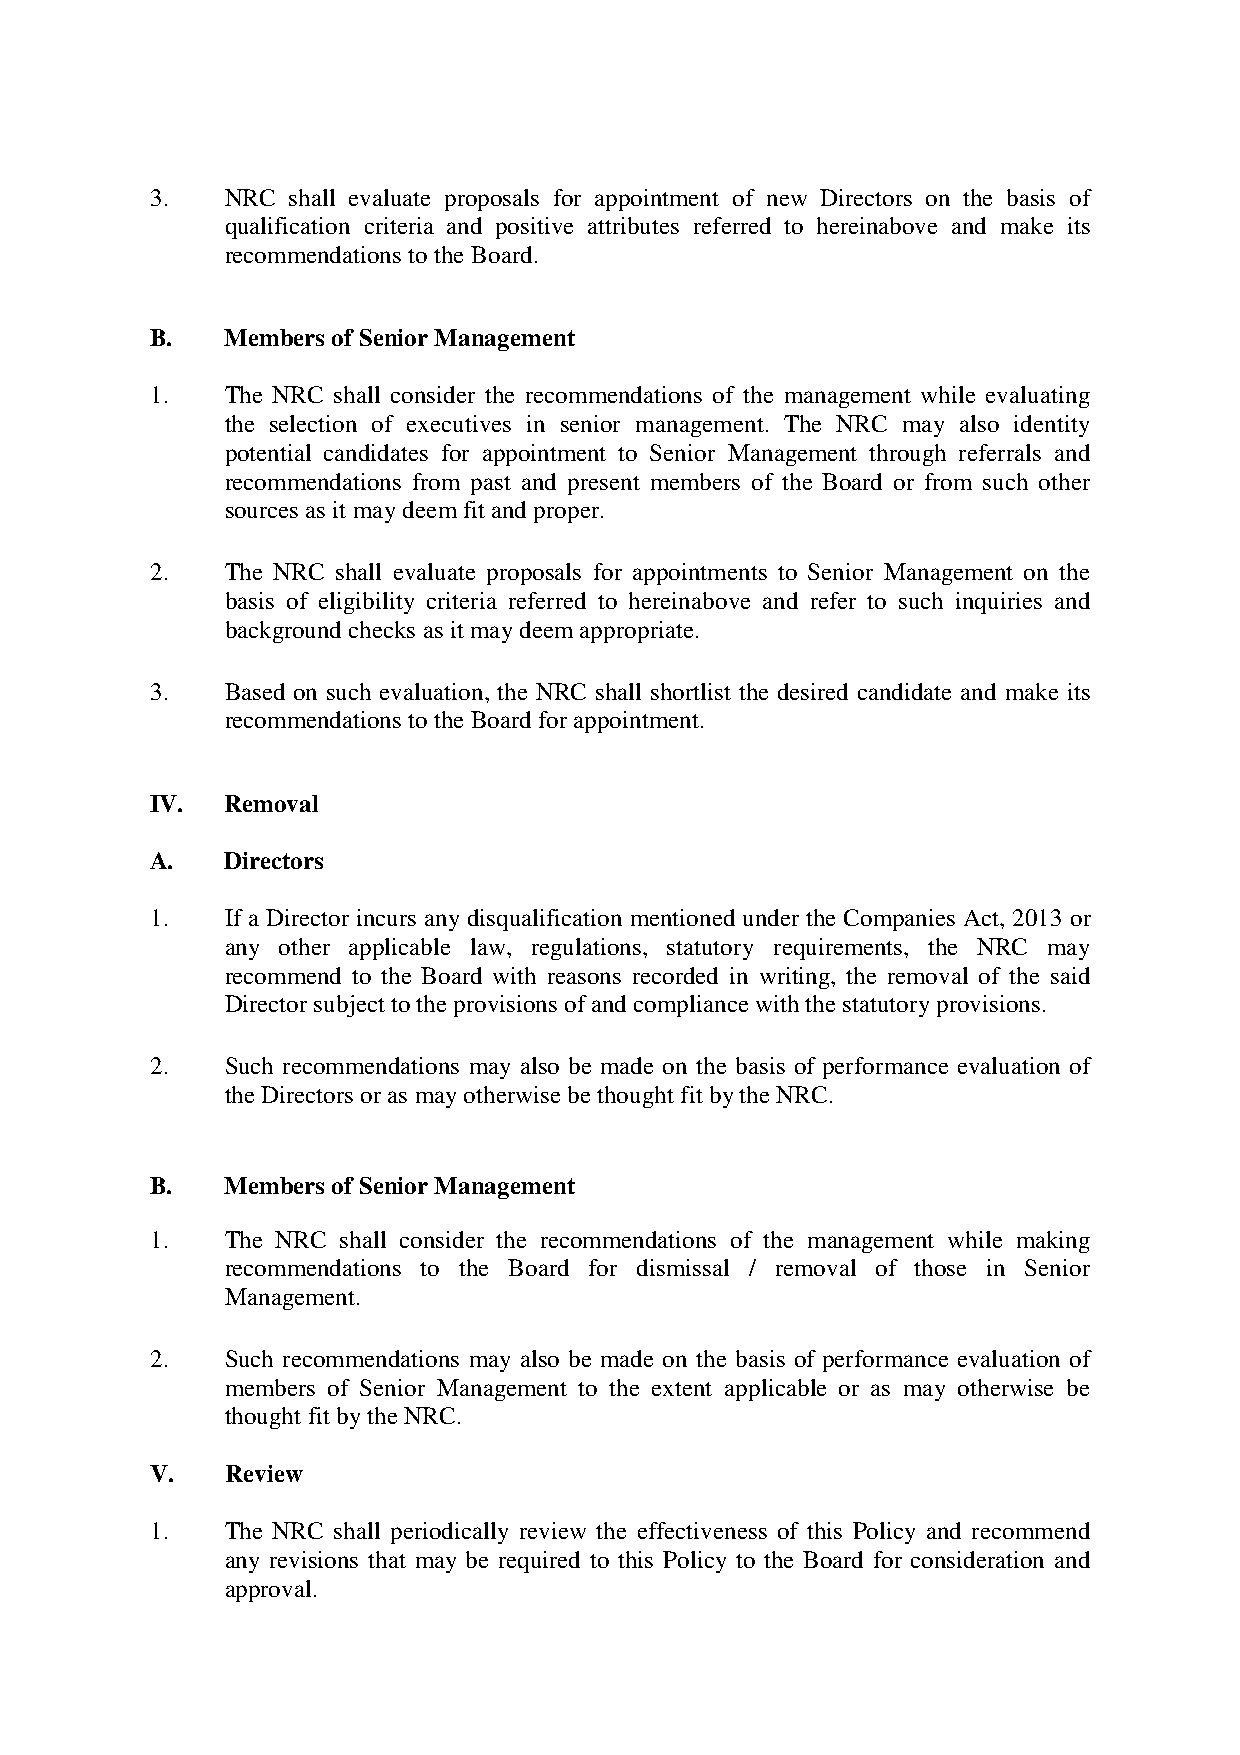
3.   NRC shall evaluate proposals for appointment of new Directors on the basis of
 qualification criteria and positive attributes referred to hereinabove and make its
 recommendations to the Board.
 B.   Members of Senior Management
 1.   The NRC shall consider the recommendations of the management while evaluating
 the selection of executives in senior management. The NRC may also identity
 potential candidates for appointment to Senior Management through referrals and
 recommendations from past and present members of the Board or from such other
 sources as it may deem fit and proper.
 2.   The NRC shall evaluate proposals for appointments to Senior Management on the
 basis of eligibility criteria referred to hereinabove and refer to such inquiries and
 background checks as it may deem appropriate.
 3.   Based on such evaluation, the NRC shall shortlist the desired candidate and make its
 recommendations to the Board for appointment.
 IV.  Removal
 A.   Directors
 1.   If a Director incurs any disqualification mentioned under the Companies Act, 2013 or
 any other applicable law, regulations, statutory requirements, the NRC may
 recommend to the Board with reasons recorded in writing, the removal of the said
 Director subject to the provisions of and compliance with the statutory provisions.
 2.   Such recommendations may also be made on the basis of performance evaluation of
 the Directors or as may otherwise be thought fit by the NRC.
 B.   Members of Senior Management
 1.   The NRC shall consider the recommendations of the management while making
 recommendations to the Board for dismissal / removal of those in Senior
 Management.
 2.   Such recommendations may also be made on the basis of performance evaluation of
 members of Senior Management to the extent applicable or as may otherwise be
 thought fit by the NRC.
 V.   Review
 1.   The NRC shall periodically review the effectiveness of this Policy and recommend
 any revisions that may be required to this Policy to the Board for consideration and
 approval.